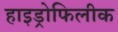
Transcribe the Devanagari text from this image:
हाइड्रोफिलीक